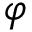
\varphi